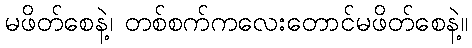
မဖိတ်စေနဲ့၊ တစ်စက်ကလေးတောင်မဖိတ်စေနဲ့။